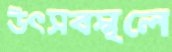
উৎসবস্থলে